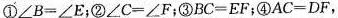
①$$∠ B = ∠ E$$；②$$∠ C = ∠ F$$；③$$B C = E F$$；④$$A C = D F$$，